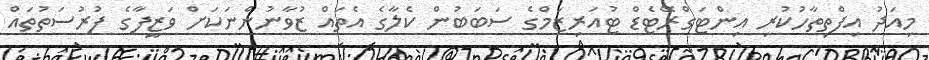
މިއަދު އިފްތިތާހުކުރި އިންޓަގްރޭޓެޑް ޓުއަރިޒަމްގެ ސަބަބުން ކެލާގެ އެތައް ޒުވާނުންނަކަށް ވަޒީފާގެ ފުރުސަތުތައް